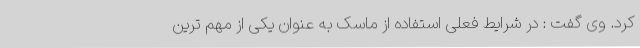
کرد. وی گفت : در شرایط فعلی استفاده از ماسک به عنوان یکی از مهم ترین